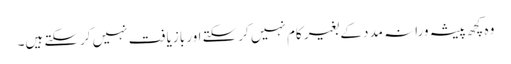
وہ کچھ پیشہ ورانہ مدد کے بغیر کام نہیں کرسکتے اور بازیافت نہیں کرسکتے ہیں۔